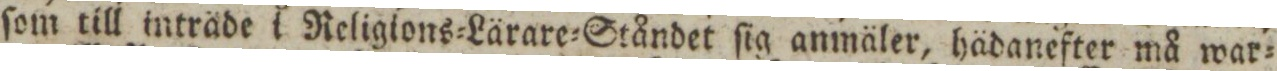
ſom till inträde i Religions=Lärare=Ståndet ſig anmäler, hädanefter må war=